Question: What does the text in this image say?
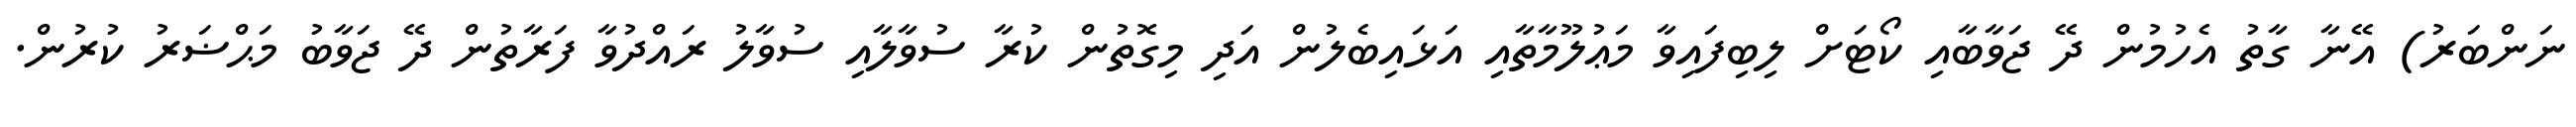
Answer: ނަންބަރު) އޭނާ ގާތު އެހުމުން ދޭ ޖަވާބާއި ކޯޓަށް ލިބިފައިވާ މަޢުލޫމާތާއި އަޅައިބެލުން އަދި މިގޮތުން ކުރާ ސުވާލާއި ސުވާލު ރައްދުވާ ފަރާތުން ދޭ ޖަވާބު މަޙްޟަރު ކުރުން.